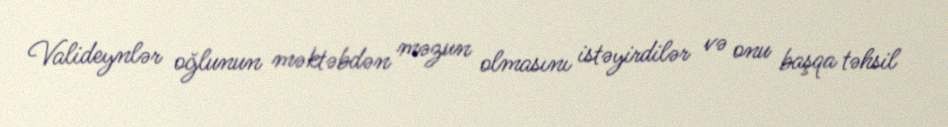
Valideynlər oğlunun məktəbdən məzun olmasını istəyirdilər və onu başqa təhsil